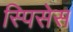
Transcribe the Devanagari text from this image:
स्पिसेस